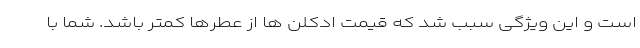
است و این ویژگی سبب شد که قیمت ادکلن ها از عطرها کمتر باشد. شما با